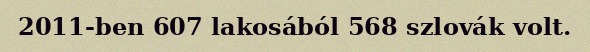
2011-ben 607 lakosából 568 szlovák volt.